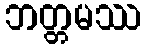
ဘတ္တမဿ